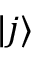
| j \rangle